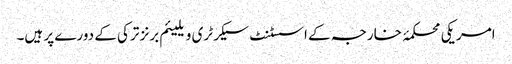
امریکی محکمۂ خارجہ کے اسسٹنٹ سیکرٹری ویلیئم برنز ترکی کے دورے پر ہیں۔